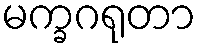
မက္ခဂရုတာ